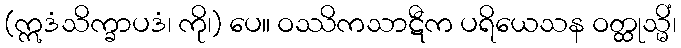
(ဣဒံသိက္ခာပဒံ၊ ကို၊) ပေ။ ဝဿိကသာဋီက ပရိယေသန ဝတ္ထုသ္မိံ၊